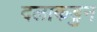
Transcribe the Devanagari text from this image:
दलाकडुन